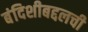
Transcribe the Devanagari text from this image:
बंदिशीबद्दलची